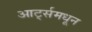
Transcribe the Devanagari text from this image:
आर्ट्समधून